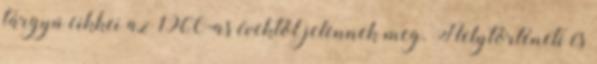
tárgyú cikkei az 1960-as évektől jelennek meg. Helytörténeti és